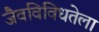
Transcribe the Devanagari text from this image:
जैवविविधतेला